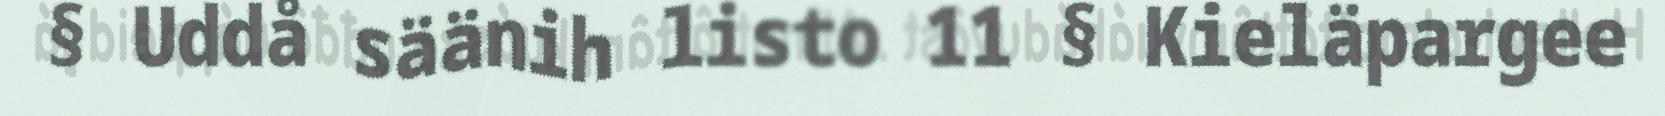
§ Uddå säänih listo 11 § Kieläpargee